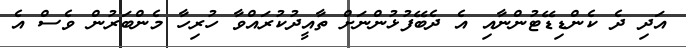
އަދި ދެ ކެންޑިޑޭޓުންނާއި އެ ދެބޭފުޅުންނަށް ތާއީދުކުރައްވާ ހުރިހާ މެންބަރުން ވެސް އެ